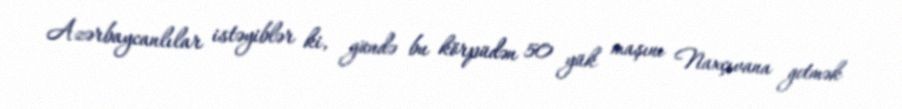
Azərbaycanlılar istəyiblər ki, gündə bu körpüdən 50 yük maşını Naxçıvana getmək